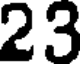
23